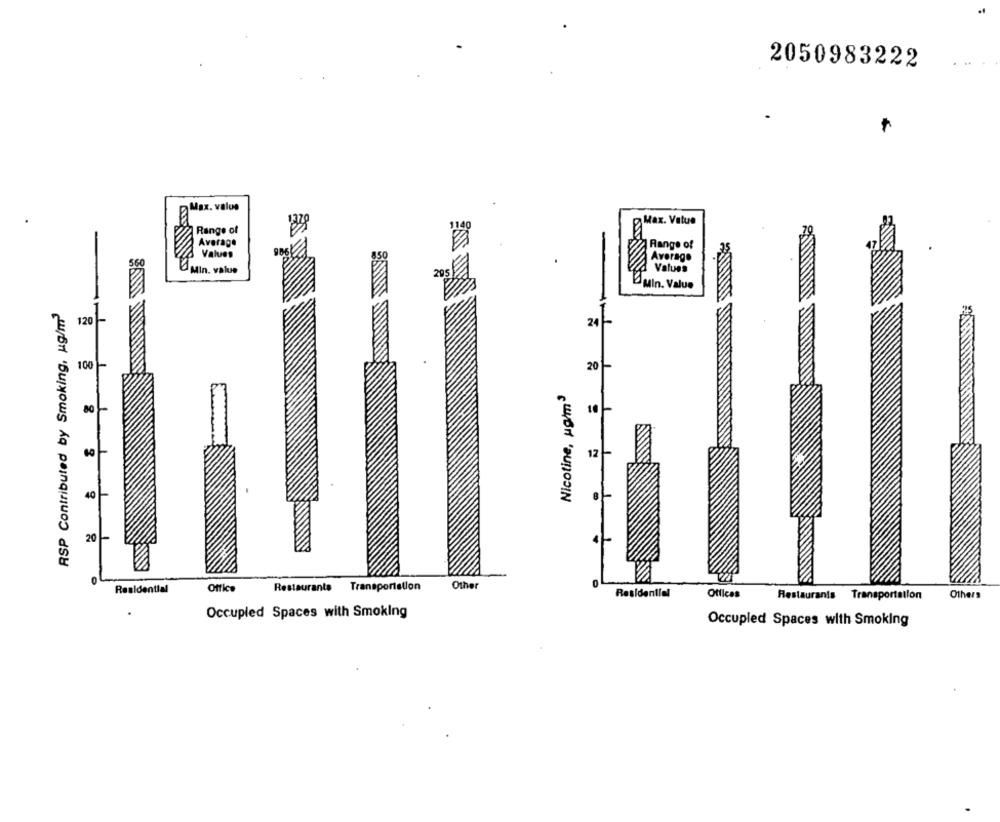
2050983222
Max. value
Max. Value
Range of
Average
Range of
Values
Average
Min. value
Values
Min. Value
RSP Contributed by Smoking, ug/m'
120 -
24-
100 -
201
Nicotine, ug/m3
80
10
12
40
20
0
Other
Residential
Office
Restaurante
Transportation
Residential
Offices
Restaurants Transportation
Others
Occupied Spaces with Smoking
Occupied Spaces with Smoking